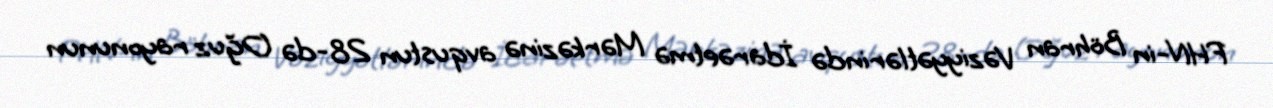
FHN-in Böhran Vəziyyətlərində İdarəetmə Mərkəzinə avqustun 28-də Oğuz rayonunun